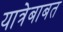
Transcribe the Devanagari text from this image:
यात्रेबाबत